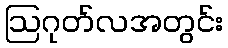
ဩဂုတ်လအတွင်း